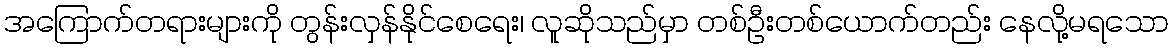
အကြောက်တရားများကို တွန်းလှန်နိုင်စေရေး၊ လူဆိုသည်မှာ တစ်ဦးတစ်ယောက်တည်း နေလို့မရသော